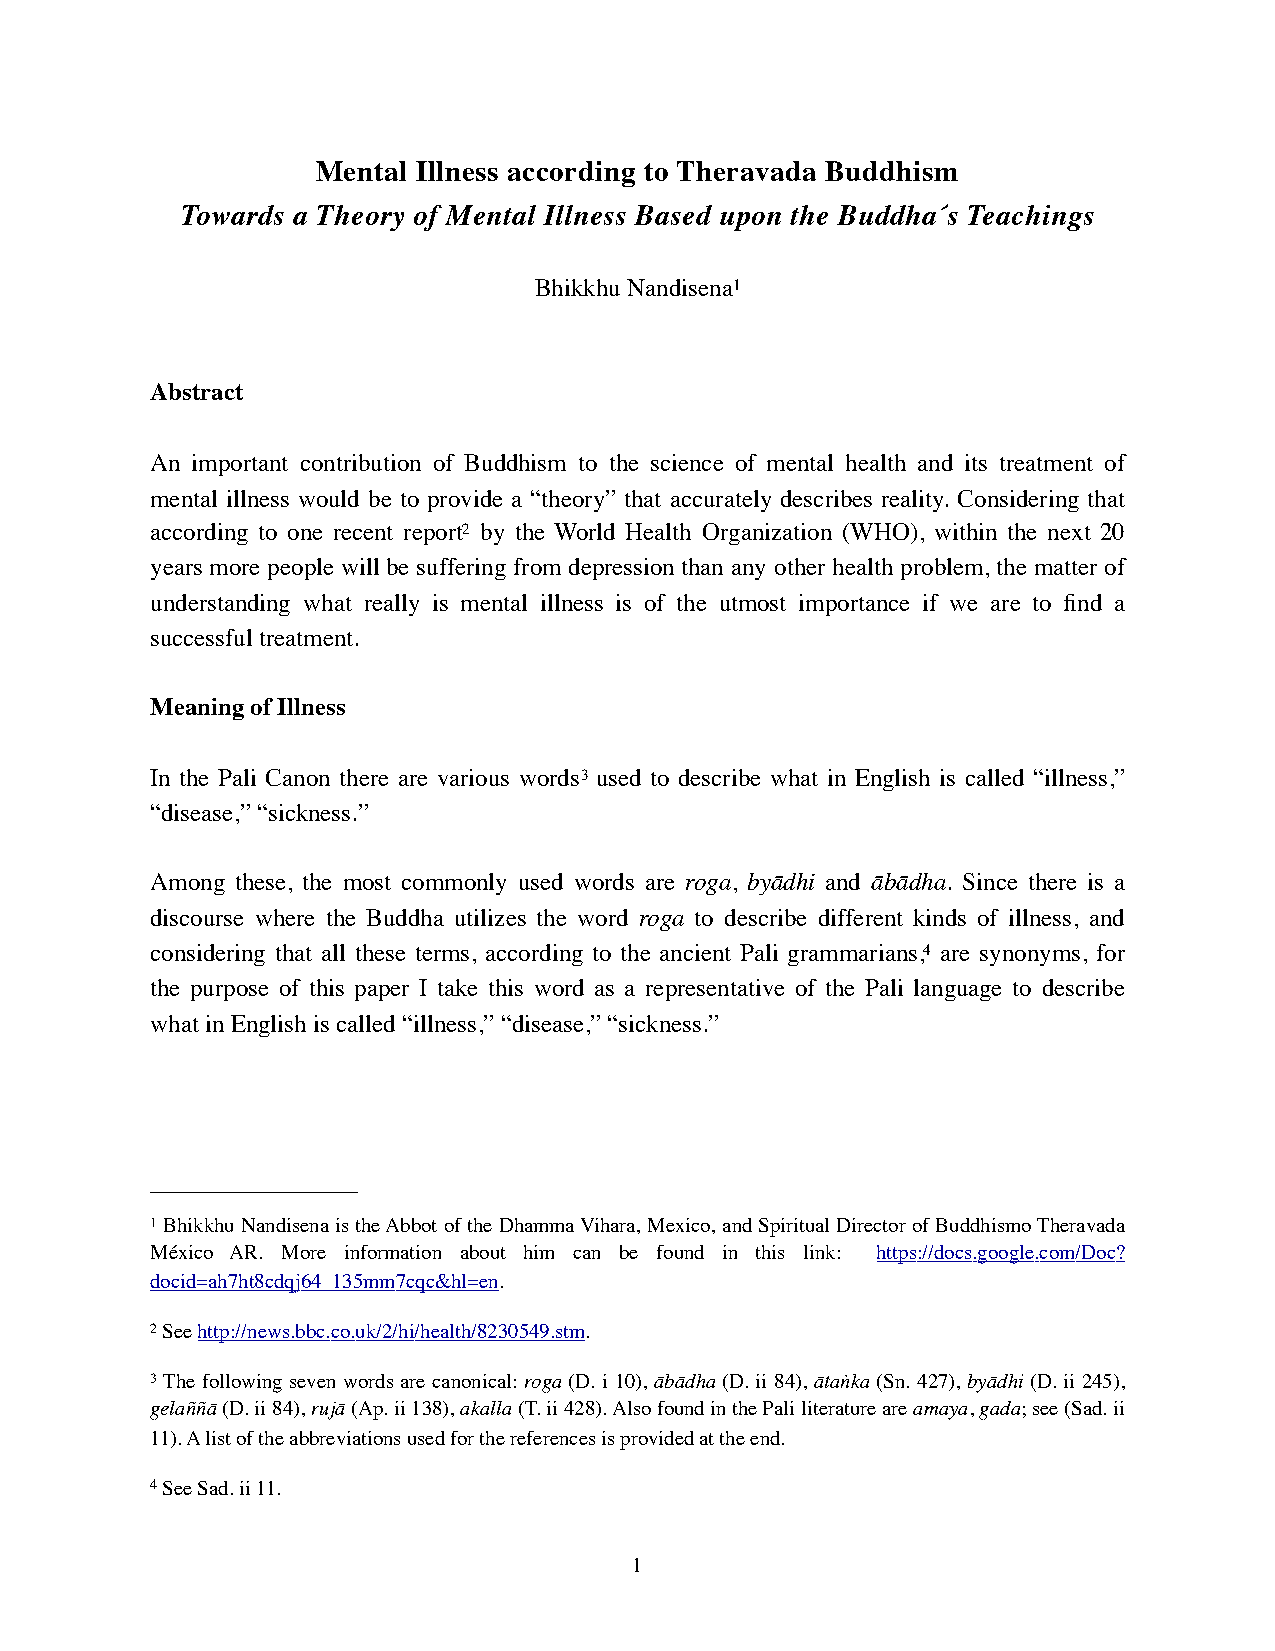
Mental Illness according to Theravada Buddhism
 Towards a Theory of Mental Illness Based upon the Buddha´s Teachings
 Bhikkhu Nandisena1
 Abstract
 An important contribution of Buddhism to the science of mental health and its treatment of
 mental illness would be to provide a “theory” that accurately describes reality. Considering that
 according to one recent report2 by the World Health Organization (WHO), within the next 20
 years more people will be suffering from depression than any other health problem, the matter of
 understanding what really is mental illness is of the utmost importance if we are to find a
 successful treatment.
 Meaning of Illness
 In the Pali Canon there are various words3 used to describe what in English is called “illness,”
 “disease,” “sickness.”
 Among these, the most commonly used words are roga, byādhi and ābādha. Since there is a
 discourse where the Buddha utilizes the word roga to describe different kinds of illness, and
 considering that all these terms, according to the ancient Pali grammarians,4 are synonyms, for
 the purpose of this paper I take this word as a representative of the Pali language to describe
 what in English is called “illness,” “disease,” “sickness.”
 1 Bhikkhu Nandisena is the Abbot of the Dhamma Vihara, Mexico, and Spiritual Director of Buddhismo Theravada
 México AR. More information about him can be found in this link: https://docs.google.com/Doc?
 docid=ah7ht8cdqj64_135mm7cqc&hl=en.
 2 See http://news.bbc.co.uk/2/hi/health/8230549.stm.
 3 The following seven words are canonical: roga (D. i 10), ābādha (D. ii 84), ātaṅka (Sn. 427), byādhi (D. ii 245),
 gelaññā (D. ii 84), rujā (Ap. ii 138), akalla (T. ii 428). Also found in the Pali literature are amaya, gada; see (Sad. ii
 11). A list of the abbreviations used for the references is provided at the end.
 4 See Sad. ii 11.
 1